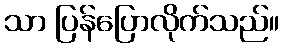
သာ ပြန်ပြောလိုက်သည်။